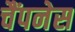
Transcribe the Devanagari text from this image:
चैंपनेस